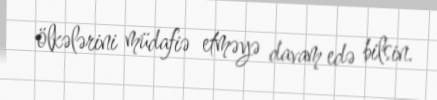
ölkələrini müdafiə etməyə davam edə bilsin.